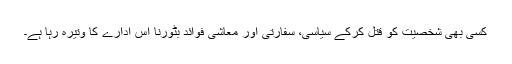
کسی بھی شخصیت کو قتل کرکے سیاسی، سفارتی اور معاشی فوائد بٹورنا اس ادارے کا وتیرہ رہا ہے۔